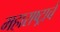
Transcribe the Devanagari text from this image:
महाराष्ट्र्राचे